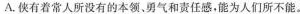
A.使有着常人所没有的本领、勇气和责任感，能为人们所不能。